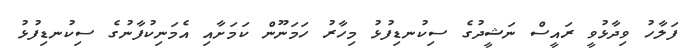
ފަލާހު ވިދާޅުވީ ރައީސް ނަޝީދުގެ ސިކުނޑިފުޅު މިހާރު ހަމަނޫން ކަމަށާއި އެމަނިކުފާނުގެ ސިކުނޑިފުޅު